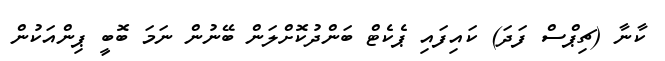
ކާނާ (ޗިޕްސް ފަދަ) ކައިފައި ޕެކެޓް ބަންދުކޮށްލަން ބޭނުން ނަމަ ބޮބީ ޕިންއަކުން